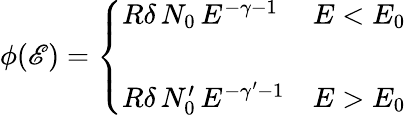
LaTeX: \phi(\mathscr{E})=\left\{ \begin{array}{ll}{{R\delta\, N_{0}\, E^{-\gamma-1}}}&{{E<E_{0}}}\\ {{}}&{{}}\\ {{R\delta\, N_{0}^{\prime}\, E^{-\gamma^{\prime}-1}}}&{{E>E_{0}}}\end{array}\right.